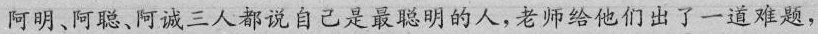
阿明、阿聪、阿诚三人都说自己是最聪明的人，老师给他们出了一道难题，